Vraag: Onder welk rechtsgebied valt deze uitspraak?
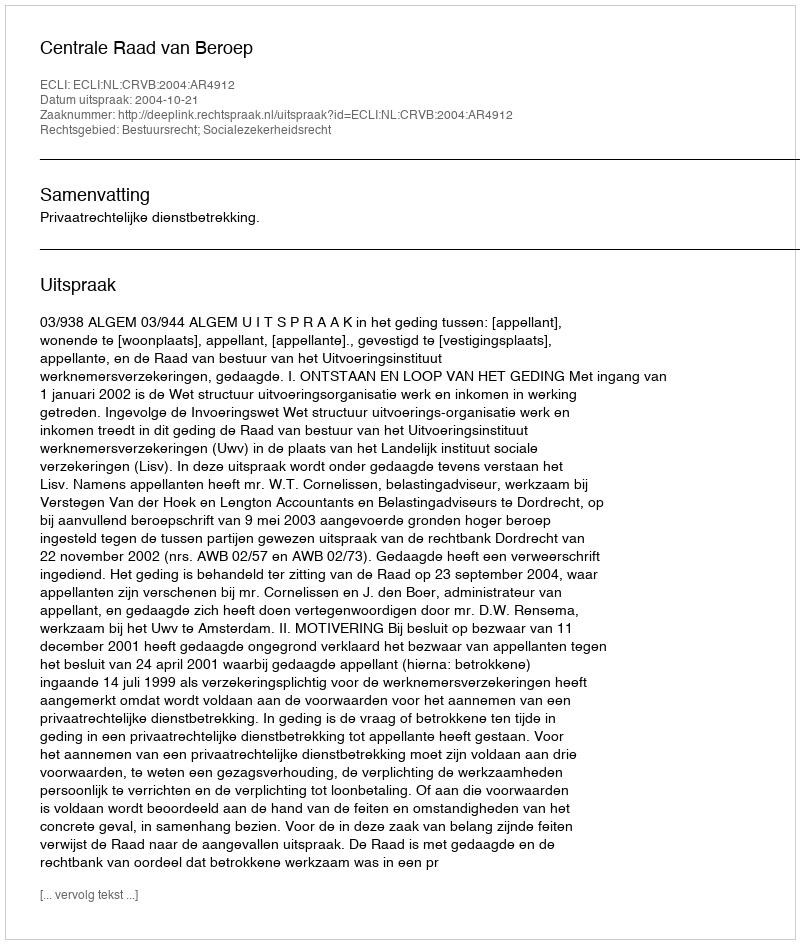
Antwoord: Bestuursrecht; Socialezekerheidsrecht